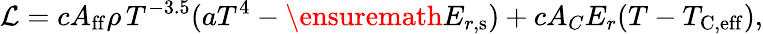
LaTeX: \mathcal{L}=cA_{\mathrm{ff}}\rho\, T^{-3.5}(aT^{4}-\ensuremath{E_{r,\mathrm{s}}})+cA_{C}E_{r}(T-T_{\mathrm{C,eff}}),